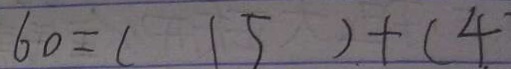
6 0 = ( 1 5 ) + ( 4